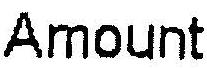
AMOUNT